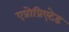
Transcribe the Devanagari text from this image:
एप्रोप्रिएटेड